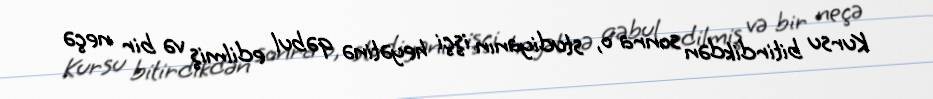
Kursu bitirdikdən sonra o, studiyanın işçi heyətinə qəbul edilmiş və bir neçə